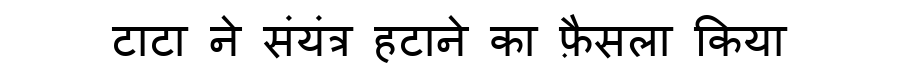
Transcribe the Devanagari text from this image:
टाटा ने संयंत्र हटाने का फ़ैसला किया